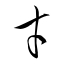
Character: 才